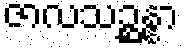
ဇာလသဉ္ဆန္နာ